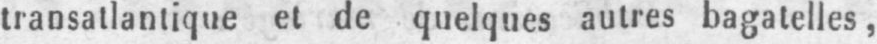
transatlantique et de quelques autres bagatelles,